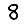
Digit: 8